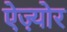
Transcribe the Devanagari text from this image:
ऐज़्योर